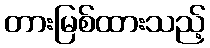
တားမြစ်ထားသည့်